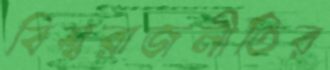
বিশ্বরাজনীতির